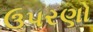
ઉપરણો